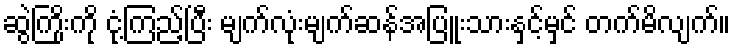
ဆွဲကြိုးကို ငုံ့ကြည့်ပြီး မျက်လုံးမျက်ဆန်အပြူးသားနှင့်မှင် တက်မိလျက်။